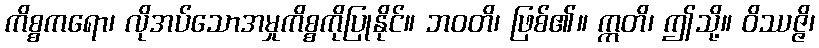
ကိစ္စကရော၊ လိုအပ်သောအမှုကိစ္စကိုပြုနိုင်။ ဘဝတိ၊ ဖြစ်၏။ ဣတိ၊ ဤသို့။ ဝိဿဇ္ဇိ၊